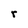
Character: r